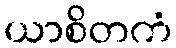
ယာစိတကံ